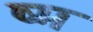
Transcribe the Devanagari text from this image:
ष्म